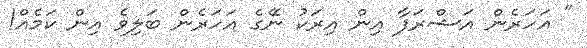
" އަހަރެން އަޝްރަފާ އިން އިރަކު ނޭގެ އަހަރެން ބަލިވެ އިން ކަމެއް!